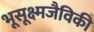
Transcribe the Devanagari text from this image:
भूसूक्ष्मजैविकी